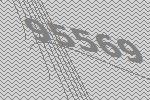
95569